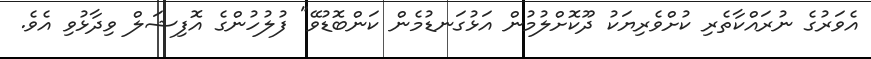
އެވަރުގެ ނުރައްކާތެރި ކުށްވެރިޔަކު ދޫކޮށްލުމުން އަޅުގަނޑުމެން ކަންބޮޑުވޭ" ފުލުހުންގެ އޮފިޝަލް ވިދާޅުވި އެވެ.